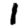
Digit: 1